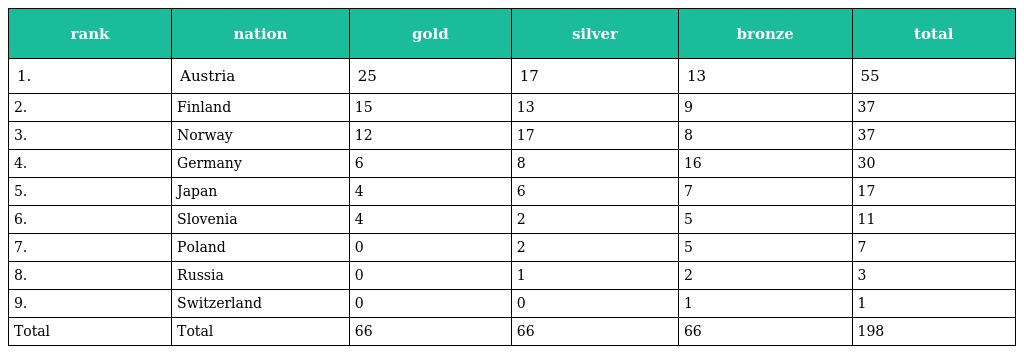
| rank | nation | gold | silver | bronze | total |
 | --- | --- | --- | --- | --- | --- |
 | 1. | Austria | 25 | 17 | 13 | 55 |
 | 2. | Finland | 15 | 13 | 9 | 37 |
 | 3. | Norway | 12 | 17 | 8 | 37 |
 | 4. | Germany | 6 | 8 | 16 | 30 |
 | 5. | Japan | 4 | 6 | 7 | 17 |
 | 6. | Slovenia | 4 | 2 | 5 | 11 |
 | 7. | Poland | 0 | 2 | 5 | 7 |
 | 8. | Russia | 0 | 1 | 2 | 3 |
 | 9. | Switzerland | 0 | 0 | 1 | 1 |
 | Total | Total | 66 | 66 | 66 | 198 |